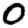
Digit: 0